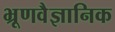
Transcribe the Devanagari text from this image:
भ्रूणवैज्ञानिक